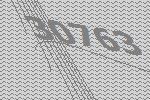
30763